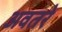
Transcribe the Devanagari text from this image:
अवतरे